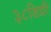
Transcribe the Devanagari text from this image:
३८डिग्री